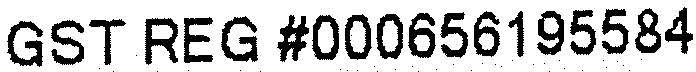
GST REG #000656195584